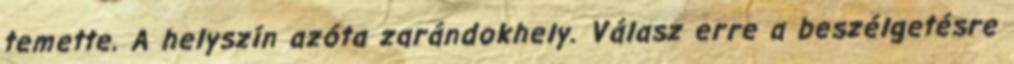
temette. A helyszín azóta zarándokhely. Válasz erre a beszélgetésre